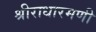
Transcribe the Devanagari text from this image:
श्रीराधारमणी